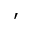
'